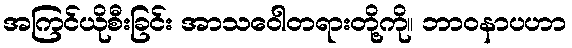
အကြင်ယိုစီးခြင်း အာသဝေါတရားတို့ကို။ ဘာဝနာပဟာ